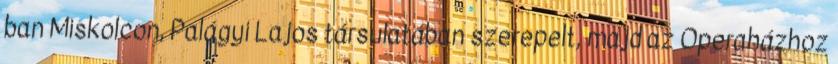
ban Miskolcon, Palágyi Lajos társulatában szerepelt, majd az Operaházhoz